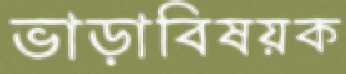
ভাড়াবিষয়ক